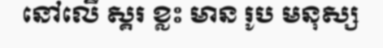
នៅលើ ស្គរ ខ្លះ មាន រូប មនុស្ស